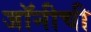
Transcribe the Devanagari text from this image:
जॉनीची